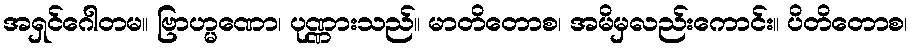
အရှင်ဂေါတမ။ ဗြာဟ္မဏော၊ ပုဏ္ဏားသည်။ မာတိတောစ၊ အမိမှလည်းကောင်း။ ပိတိတောစ၊